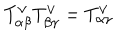
LaTeX: T _ { \alpha \beta } ^ { \vee } T _ { \beta \gamma } ^ { \vee } = T _ { \alpha \gamma } ^ { \vee }